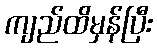
ကျည်ထိမှန်ပြီး